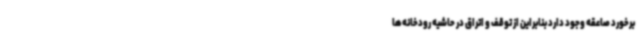
برخورد صاعقه وجود دارد بنابراین از توقف و اتراق در حاشیه رودخانه‌ها